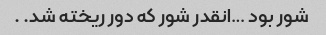
شور بود …انقدر شور که دور ریخته شد. ‌.